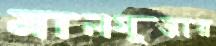
মালগুজার